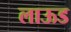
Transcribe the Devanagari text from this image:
लाऊड